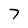
Character: 7